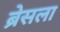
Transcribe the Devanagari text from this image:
ब्रेसला